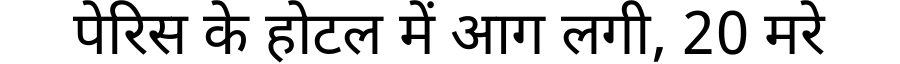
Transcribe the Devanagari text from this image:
पेरिस के होटल में आग लगी, 20 मरे